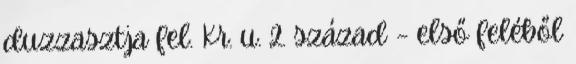
duzzasztja fel. Kr. u. 2. század – első feléből